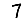
Digit: 7